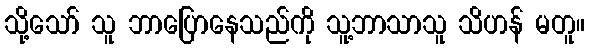
သို့သော် သူ ဘာပြောနေသည်ကို သူ့ဘာသာသူ သိဟန် မတူ။